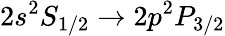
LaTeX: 2s^{2}S_{1/2}\xrightarrow{}2p^{2}P_{3/2}